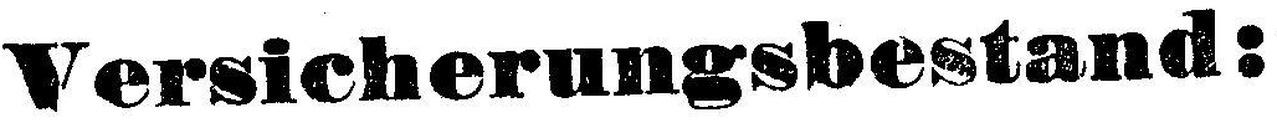
Versicherungsbestand: